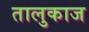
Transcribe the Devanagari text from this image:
तालुकाज